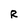
Character: R